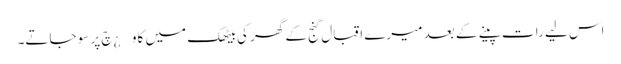
اس لیے رات پینے کے بعد میرے اقبال گنج کے گھر کی بیٹھک میں کاو¿چ پر سو جاتے۔